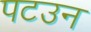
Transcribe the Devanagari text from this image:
पटउन